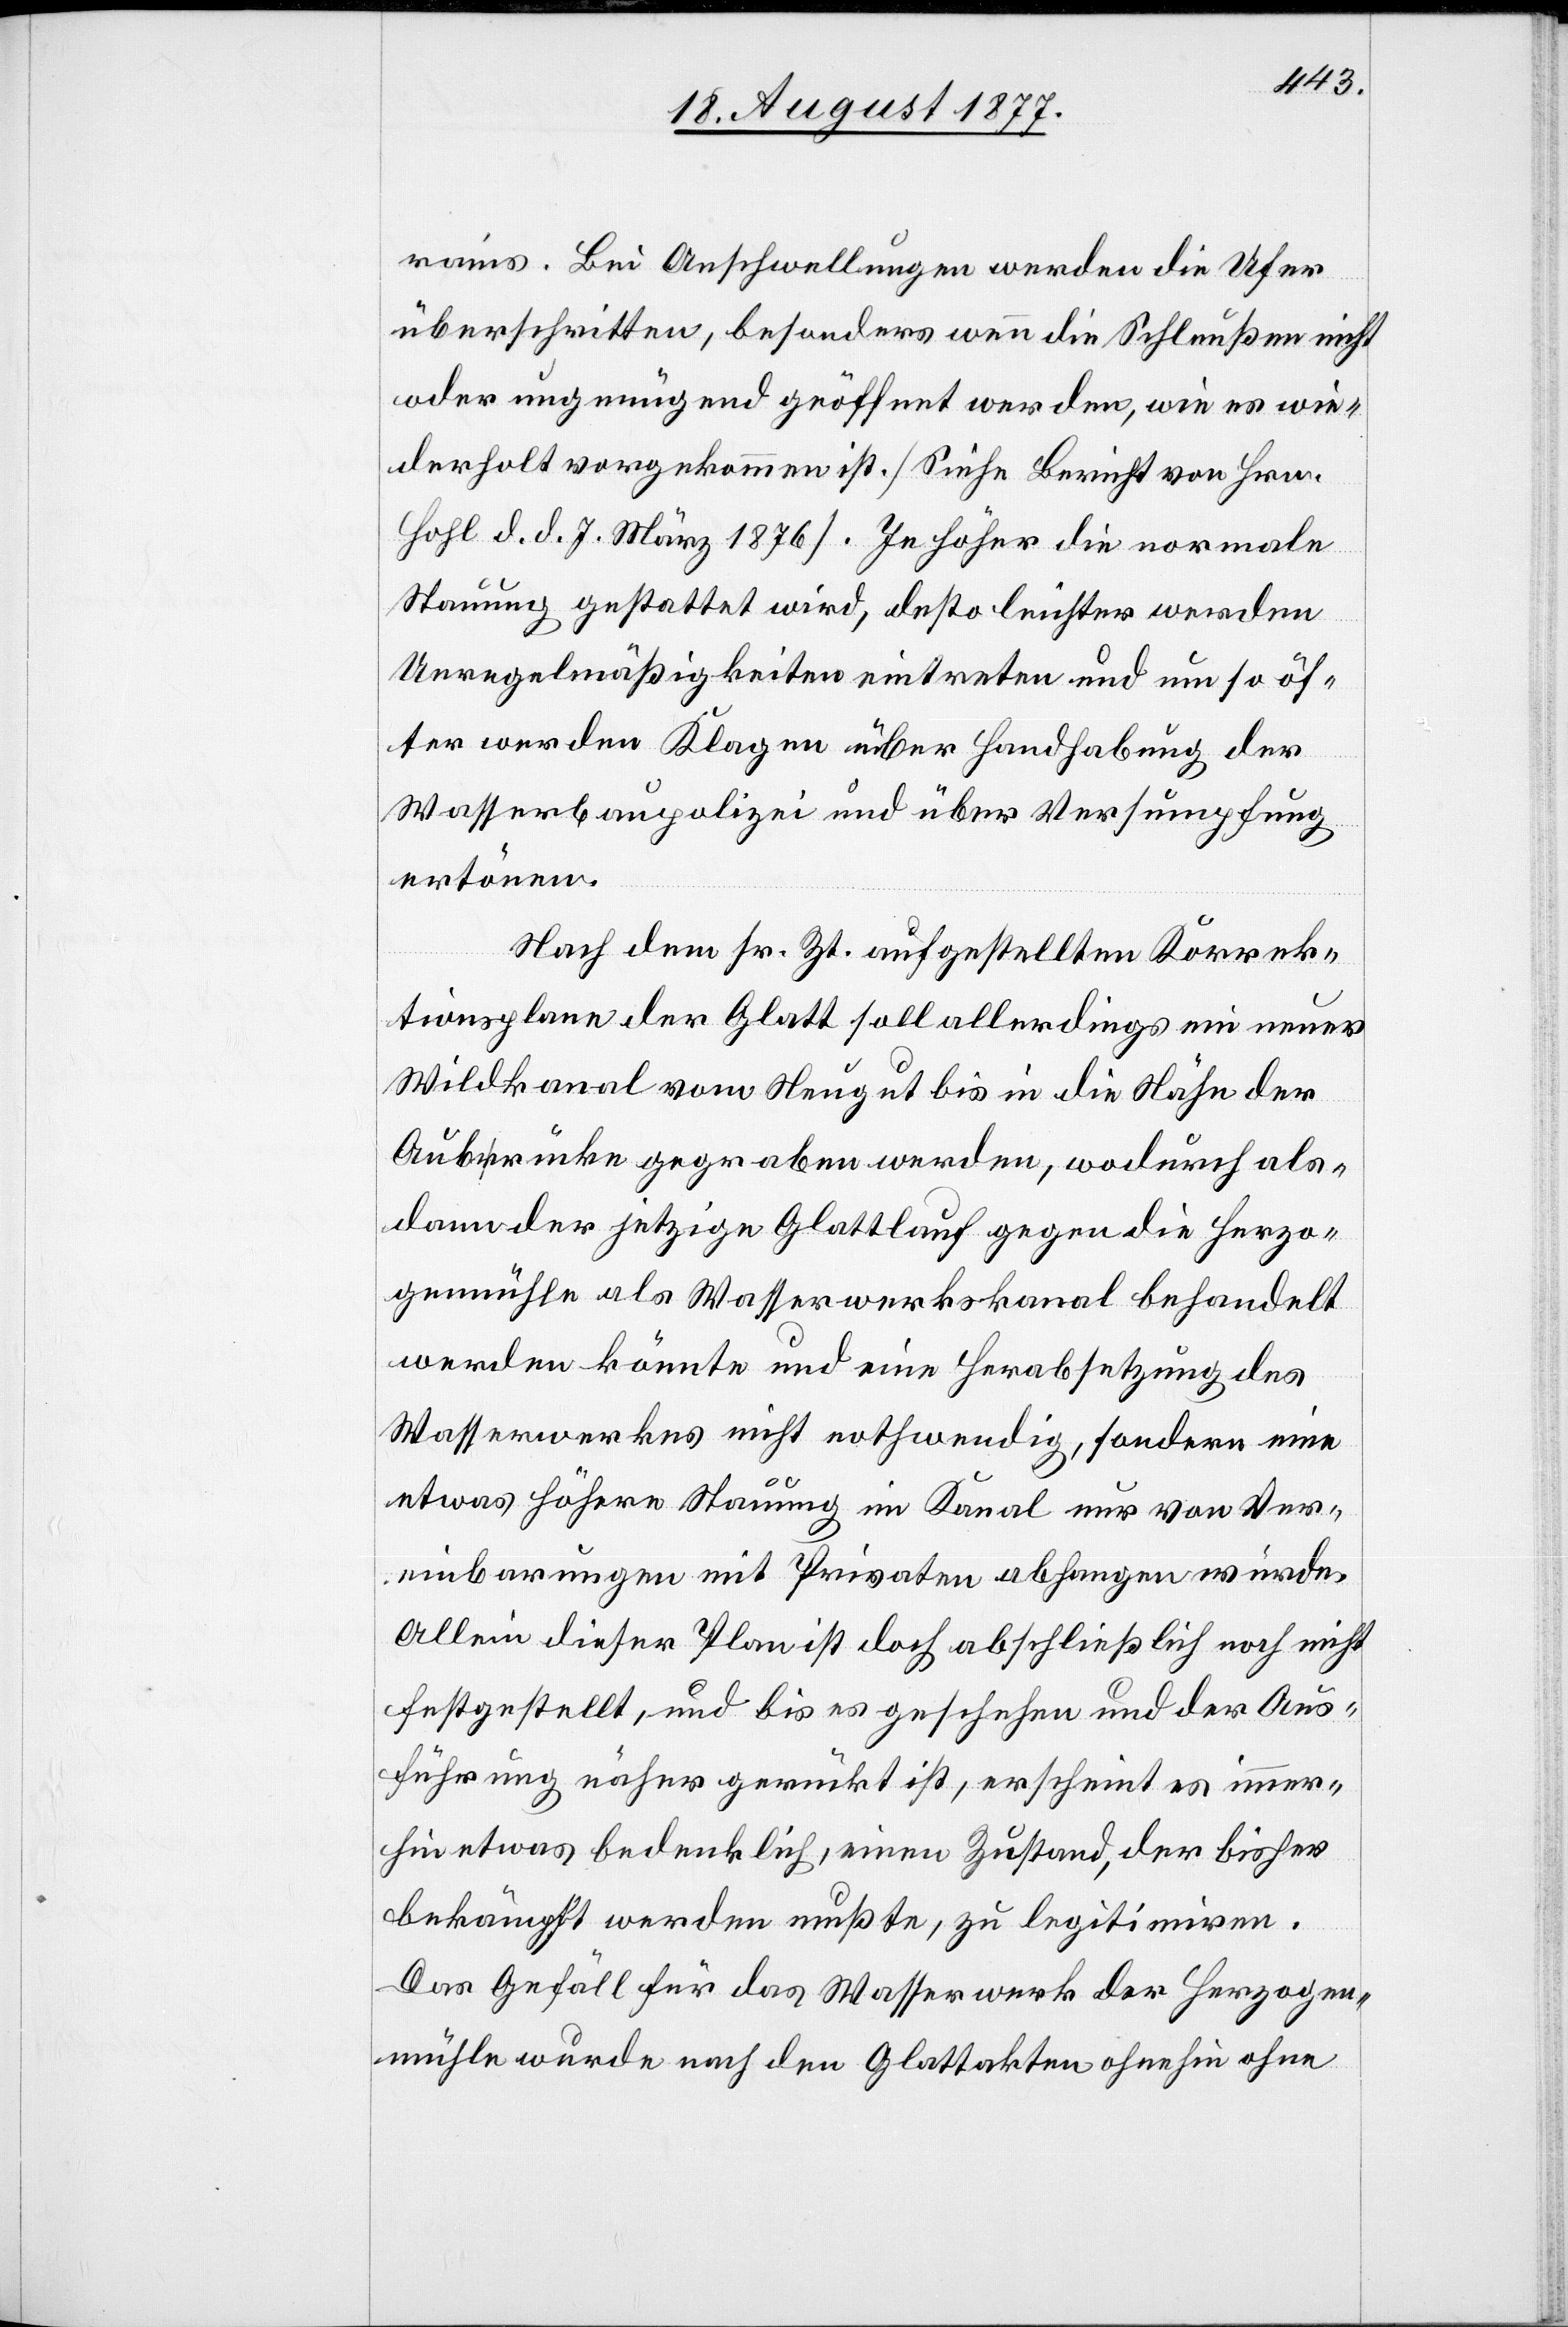
rains. Bei Anschwellungen werden die Ufer
überschritten, besonders wenn die Schleußen nicht
oder ungenügend geöffnet werden, wie es wie¬
derholt vorgekommen ist. [Siehe Bericht von Hrn.
Hohl d. d. 7. März 1876]. Je höher die normale
Stauung gestattet wird, desto leichter werden
Unregelmäßigkeiten eintreten und um so öf¬
ter werden Klagen über Handhabung der
Wasserbaupolizei und über Versumpfung
ertönen.
Nach dem sr. Zt. aufgestellten Korrek¬
tionsplane der Glatt soll allerdings ein neuer
Wildkanal vom Neugut bis in die Nähe der
Aubrücke gegraben werden, wodurch als¬
dann der jetzige Glattlauf gegen die Herzo¬
genmühle als Wasserwerkskanal behandelt
werden könnte und eine Herabsetzung des
Wasserwerkes nicht nothwendig, sondern eine
etwas höhere Stauung im Kanal nur von Ver¬
einbarungen mit Privaten abhangen würde.
Allein dieser Plan ist doch abschließlich noch nicht
festgestellt, und bis es geschehen und der Aus¬
führung näher gerückt ist, erscheint es immer¬
hin etwas bedenklich, einen Zustand, der bisher
bekämpft werden mußte, zu legitimiren.
Das Gefäll für das Wasserwerk der Herzogen¬
mühle wurde nach den Glattakten ohnehin ohne